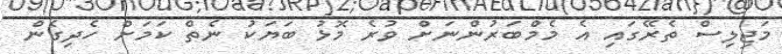
މަޖިލިސް ތެރޭގައި އެ މެމްބަރުންނަށް ވުރެ މޮޅު ބަޔަކު ނެތް ކަމަށް ހެދިގެން